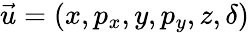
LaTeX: \vec{u}=(x,p_{x},y,p_{y},z,\delta)